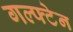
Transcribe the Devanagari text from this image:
गल्फ्टेन